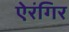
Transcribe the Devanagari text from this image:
ऐरंगिर